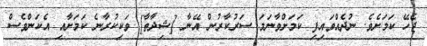
ޖެހޭ ކަމަށެވެ. ނުދެއްވައިފި ކަމަށްވާނަމަ ސަރުކާރުން އޭނާ [ޝިދާތާ] ވަކިކުރާނެ ކަމަށާއި އެކަންވެސް